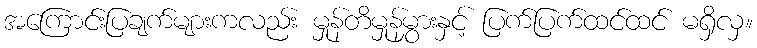
အကြောင်းပြချက်များကလည်း မှုန်တိမှုန်မွှားနှင့် ပြက်ပြက်ထင်ထင် မရှိလှ။